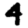
Digit: 4